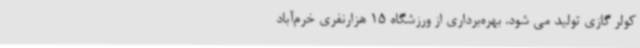
کولر گازی تولید می شود. بهره‌برداری از ورزشگاه 15 هزارنفری خرم‌آباد